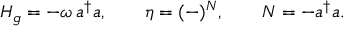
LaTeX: H _ { g } = - \omega \, a ^ { \dagger } a , \qquad \eta = ( - ) ^ { N } , \qquad N = - a ^ { \dagger } a .